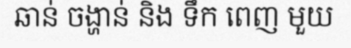
ឆាន់ ចង្ហាន់ និង ទឹក ពេញ មួយ